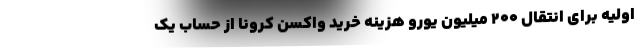
اولیه برای انتقال ۲۰۰ میلیون یورو هزینه خرید واکسن کرونا از حساب یک